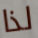
لذا